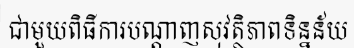
ជាមួយពិធីការបណ្តាញសុវត្ថិភាពទិន្នន័យ